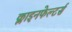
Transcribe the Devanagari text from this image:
क्लाइनफेल्टर्स